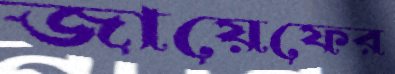
জায়েফের